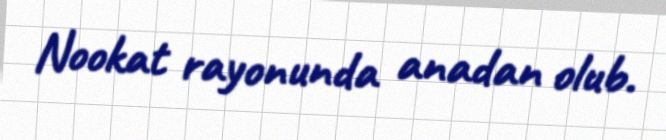
Nookat rayonunda anadan olub.